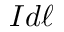
I d { \boldsymbol { \ell } }